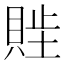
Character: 𬥖